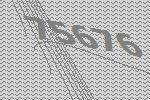
75676